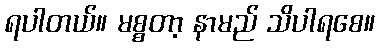
ရပါတယ်။ မစ္စတာ့ နာမည် သိပါရစေ။